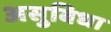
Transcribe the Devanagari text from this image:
असुबिधा